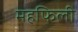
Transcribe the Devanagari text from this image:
महफिली